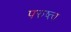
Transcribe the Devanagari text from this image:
परुष्त्व